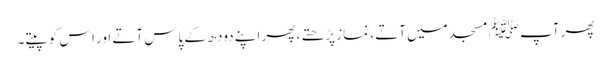
پھر آپﷺ مسجد میں آتے ، نماز پڑھتے ، پھر اپنے دودھ کے پاس آتے اور اس کو پیتے۔